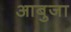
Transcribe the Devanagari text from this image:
आबुजा